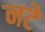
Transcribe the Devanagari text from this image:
नटे